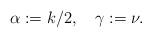
LaTeX: \begin{align*} \alpha:=k/2,\quad\gamma:=\nu.\end{align*}